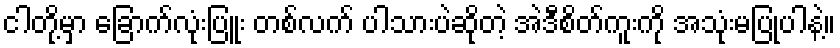
ငါတို့မှာ ခြောက်လုံးပြူး တစ်လက် ပါသားပဲဆိုတဲ့ အဲဒီစိတ်ကူးကို အသုံးမပြုပါနဲ့။